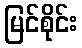
မြင်စိုင်း